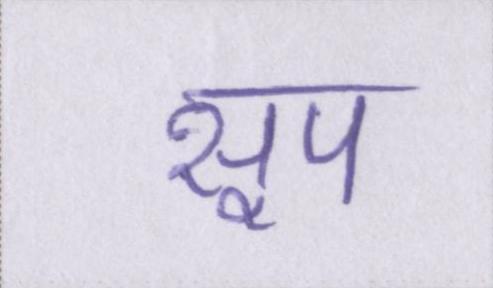
सूप